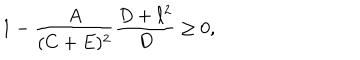
1 - { \frac { A } { ( C + E ) ^ { 2 } } } { \frac { D + \ell ^ { 2 } } { D } } \geq 0 ,